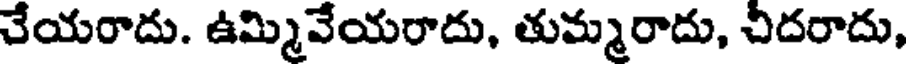
చేయరాదు. ఉమ్మివేయరాదు, తుమ్మరాదు, చిదరాదు,